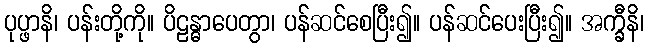
ပုပ္ဖာနိ၊ ပန်းတို့ကို။ ပိဠန္ဓာပေတွာ၊ ပန်ဆင်စေပြီး၍။ ပန်ဆင်ပေးပြီး၍။ အက္ခီနိ၊